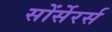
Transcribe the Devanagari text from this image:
सोंर्सेरर्स